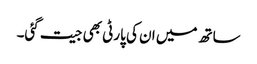
ساتھ میں ان کی پارٹی بھی جیت گئی۔